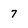
Character: 7